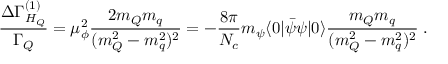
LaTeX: \frac { \Delta \Gamma _ { H _ { Q } } ^ { ( 1 ) } } { \Gamma _ { Q } } = \mu _ { \phi } ^ { 2 } \frac { 2 m _ { Q } m _ { q } } { ( m _ { Q } ^ { 2 } - m _ { q } ^ { 2 } ) ^ { 2 } } = - \frac { 8 \pi } { N _ { c } } m _ { \psi } \langle 0 | { \bar { \psi } } \psi | 0 \rangle \frac { m _ { Q } m _ { q } } { ( m _ { Q } ^ { 2 } - m _ { q } ^ { 2 } ) ^ { 2 } } \; .